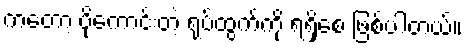
ကတော့ ပိုကောင်းတဲ့ ရုပ်ထွက်ကို ရရှိစေ ဖြစ်ပါတယ်။